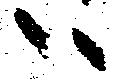
ハ